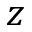
z